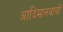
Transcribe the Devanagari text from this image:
आदिमानवाची